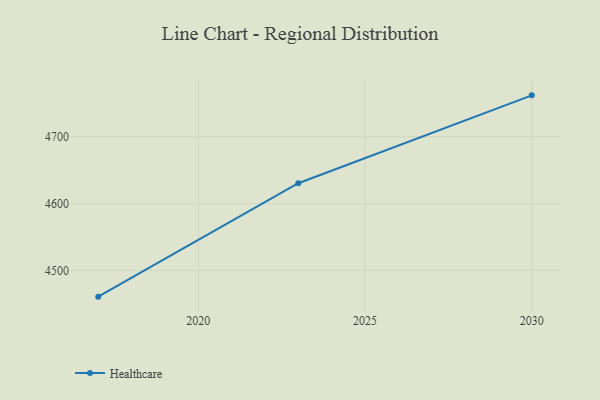
{"axis": {"x": "Year", "y": "Humidity (%)"}, "legend": ["Healthcare"], "data": [{"x": "2017", "y": 4460.7, "type": "Healthcare"}, {"x": "2023", "y": 4630.5, "type": "Healthcare"}, {"x": "2030", "y": 4762.1, "type": "Healthcare"}]}